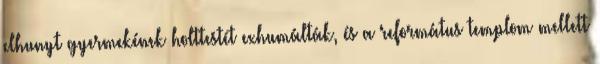
elhunyt gyermekének holttestét exhumálták, és a református templom mellett